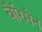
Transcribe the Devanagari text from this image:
बैरिमैन